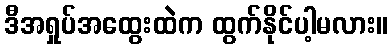
ဒီအရှုပ်အထွေးထဲက ထွက်နိုင်ပါ့မလား။